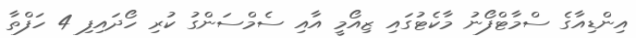
އިންޑިއާގެ ސްމާޓްފޯނު މާކެޓުގައި ޒިއޯމީ އާއި ސެމްސަންގު ކުރި ހޯދައިފި 4 ހަފްތާ